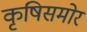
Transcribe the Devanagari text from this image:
कृषिसमोर